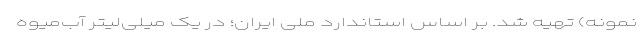
نمونه) تهیه شد. بر اساس استاندارد ملی ایران؛ در یک میلی‌لیتر آب‌میوه